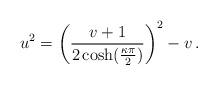
LaTeX: \begin{align*}u^2=\left(\frac{v+1}{2\cosh(\frac{\kappa \pi}{2})} \right)^2-v\,.\end{align*}